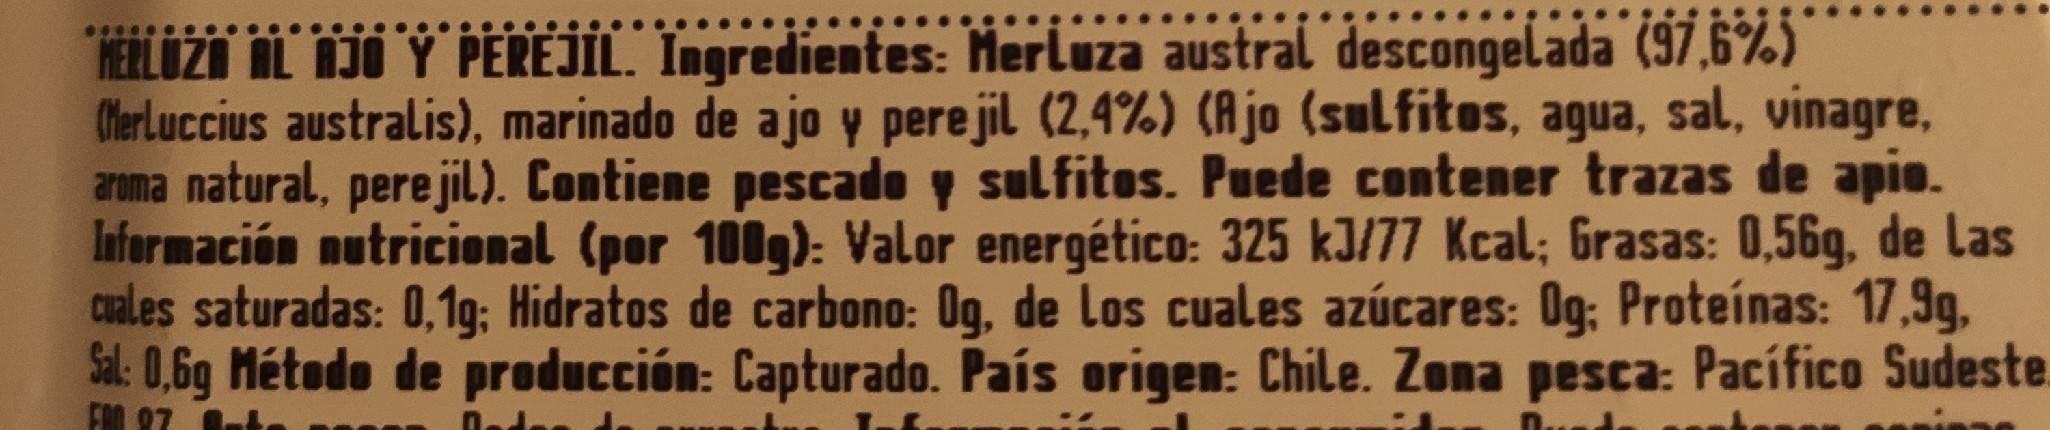
HERLUZN AL NJO Y PEREJIL. Ingredientes: Herluza austral descongelada (97,6%) ClerLuccius australis), marinado de ajo y pere jil (2,4%) (Ajo (sulfitos, agua, sal, vinagre, aruma natural, perejil). Contiene pescado y sulfitos. Puede contener trazas de apie. Información nutricional (por 100g): Valor energético: 325 kJ/77 Kcal; Grasas: 0,56g, de Las cuales saturadas: 0, 1g; Hidratos de carbono: Og, de Los cuales azúcares: 0g; Proteinas: 17,9g, Sal: 0,6g Método de producción: Capturado. País origen: Chile. Zona pesca: Pacífico Sudeste
FOO 87 .